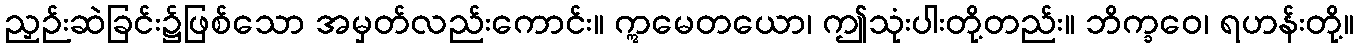
ညှဉ်းဆဲခြင်း၌ဖြစ်သော အမှတ်လည်းကောင်း။ ဣမေတယော၊ ဤသုံးပါးတို့တည်း။ ဘိက္ခဝေ၊ ရဟန်းတို့။